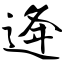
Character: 逄